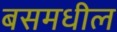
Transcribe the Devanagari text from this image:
बसमधील